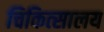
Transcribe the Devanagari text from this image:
चिकित्‍सालय